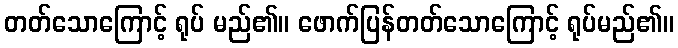
တတ်သောကြောင့် ရုပ် မည်၏။ ဖောက်ပြန်တတ်သောကြောင့် ရုပ်မည်၏။